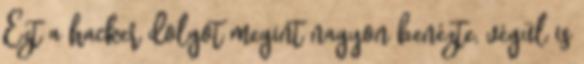
Ezt a hacker dolgot megint nagyon benézte, végül is